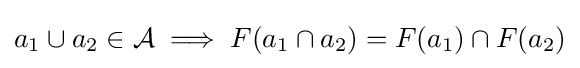
a_{1}\cup a_{2}\in {\mathcal {A}}\implies F(a_{1}\cap a_{2})=F(a_{1})\cap F(a_{2})